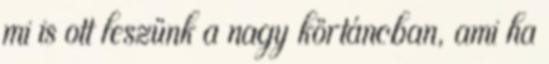
mi is ott leszünk a nagy körtáncban, ami ha